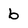
Character: 6